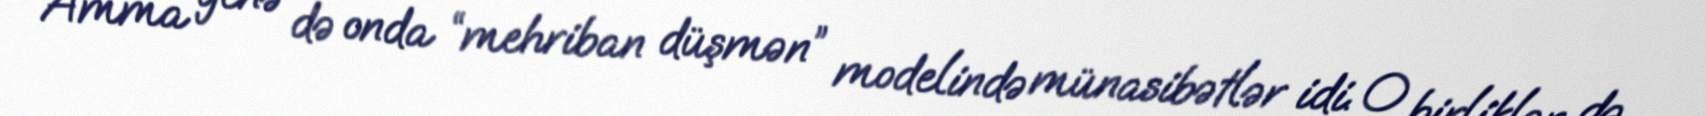
Amma yenə də onda “mehriban düşmən” modelində münasibətlər idi. O birliklər də